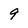
Character: 9